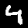
Digit: 4